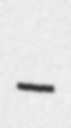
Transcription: –